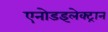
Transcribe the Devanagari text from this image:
एनोडइलेक्ट्रान